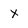
Character: x